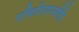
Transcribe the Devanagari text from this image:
एफिशियन्सीहि